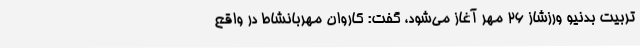
تربیت بدنیو ورزشاز 26 مهر آغاز می‌شود، گفت: کاروان‌ مهربانشاط در واقع